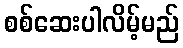
စစ်ဆေးပါလိမ့်မည်